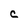
Character: C